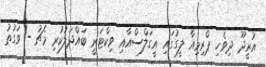
އުރީދޫ ދިވެހި ޕްރިމިއާ ލީގުގައި އީގަލްސްއާއި ވިކްޓަރީ ބައްދަލުކުރި މެޗު - ވަގުތު